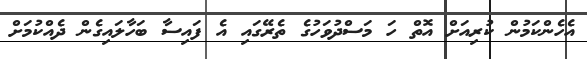
އެހެންކަމުން ކުރިއަށް އޮތް ހަ މަސްދުވަހުގެ ތެރޭގައި އެ ފައިސާ ބަހާލައިގެން ދެއްކުމަށް